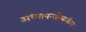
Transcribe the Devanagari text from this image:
अध्यापनक्षेत्रातील